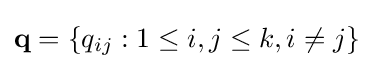
\mathbf {q} =\{q_{ij}:1\leq i,j\leq k,i\not =j\}